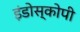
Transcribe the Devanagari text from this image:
इंडोस्कोपी